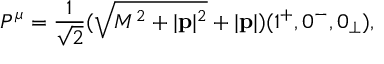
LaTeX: P ^ { \mu } = \frac { 1 } { \sqrt { 2 } } ( \sqrt { M ^ { 2 } + | { \bf p } | ^ { 2 } } + | { \bf p } | ) ( 1 ^ { + } , 0 ^ { - } , 0 _ { \perp } ) ,